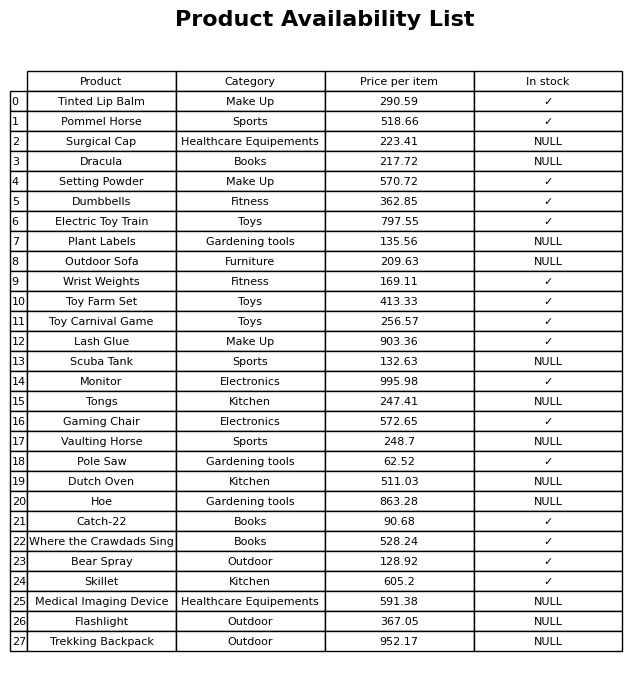
question: What category does the Medical Imaging Device belong to?
answer: Healthcare Equipements